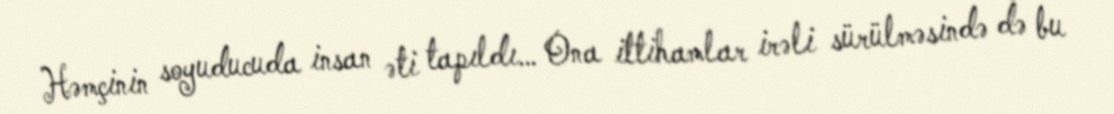
Həmçinin soyuducuda insan əti tapıldı… Ona ittihamlar irəli sürülməsində də bu